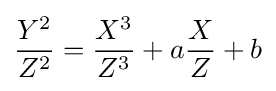
{\frac {Y^{2}}{Z^{2}}}={\frac {X^{3}}{Z^{3}}}+a{\frac {X}{Z}}+b